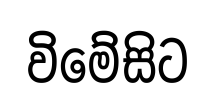
විමේසිට